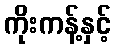
ကိုးကန့်နှင့်